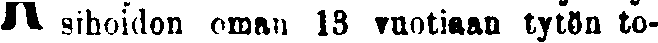
# sihoidon oman 13 vuotiaan tytön to-